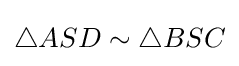
\triangle ASD\sim \triangle BSC